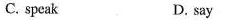
C. speak D. say